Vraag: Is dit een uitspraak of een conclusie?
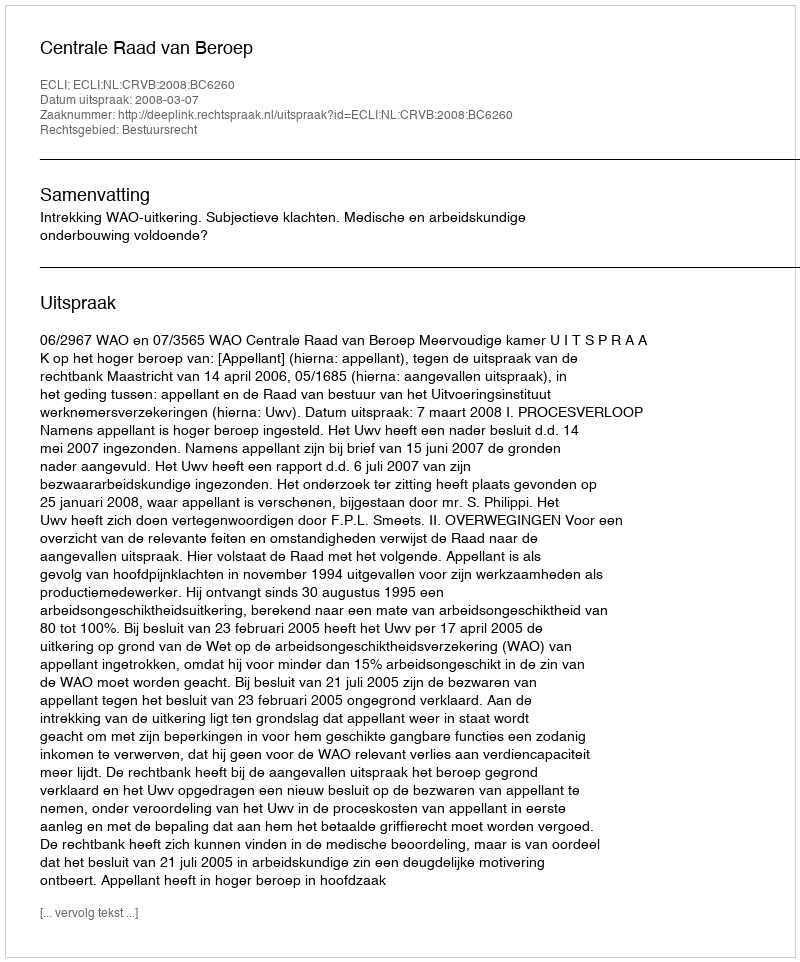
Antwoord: Uitspraak